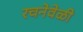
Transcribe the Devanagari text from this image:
रचनेवेळी